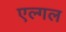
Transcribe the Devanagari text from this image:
एल्गल